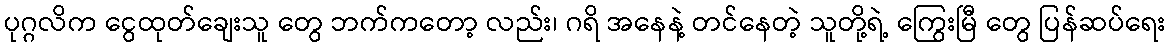
ပုဂ္ဂလိက ငွေထုတ်ချေးသူ တွေ ဘက်ကတော့ လည်း၊ ဂရိ အနေနဲ့ တင်နေတဲ့ သူတို့ရဲ့ ကြွေးမြီ တွေ ပြန်ဆပ်ရေး